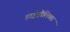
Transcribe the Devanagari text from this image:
हाईड्रौलिक्स